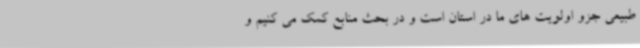
طبیعی جزو اولویت های ما در استان است و در بحث منابع کمک می کنیم و